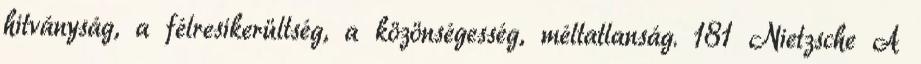
hitványság, a félresikerültség, a közönségesség, méltatlanság. 181 Nietzsche A